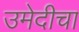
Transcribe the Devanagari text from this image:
उमेदीचा